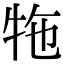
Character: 㸱